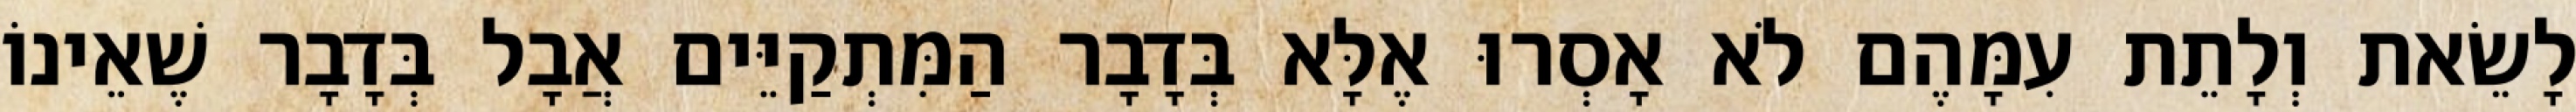
לָשֵׂאת וְלָתֵת עִמָּהֶם לֹא אָסְרוּ אֶלָּא בְּדָבָר הַמִּתְקַיֵּים אֲבָל בְּדָבָר שֶׁאֵינוֹ